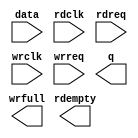
// megafunction wizard: %FIFO%VBB%
// GENERATION: STANDARD
// VERSION: WM1.0
// MODULE: dcfifo 

// ============================================================
// Megafunction Name(s):
// 			dcfifo
//
// Simulation Library Files(s):
// 			altera_mf
// ============================================================
// ************************************************************
// THIS IS A WIZARD-GENERATED FILE. DO NOT EDIT THIS FILE!
//
// 13.0.0 Build 156 04/24/2013 SJ Web Edition
// ************************************************************

//Copyright (C) 1991-2013 Altera Corporation
//Your use of Altera Corporation's design tools, logic functions 
//and other software and tools, and its AMPP partner logic 
//functions, and any output files from any of the foregoing 
//(including device programming or simulation files), and any 
//associated documentation or information are expressly subject 
//to the terms and conditions of the Altera Program License 
//Subscription Agreement, Altera MegaCore Function License 
//Agreement, or other applicable license agreement, including, 
//without limitation, that your use is for the sole purpose of 
//programming logic devices manufactured by Altera and sold by 
//Altera or its authorized distributors.  Please refer to the 
//applicable agreement for further details.

module ramff (
	data,
	rdclk,
	rdreq,
	wrclk,
	wrreq,
	q,
	rdempty,
	wrfull);

	input	[15:0]  data;
	input	  rdclk;
	input	  rdreq;
	input	  wrclk;
	input	  wrreq;
	output	[15:0]  q;
	output	  rdempty;
	output	  wrfull;

endmodule

// ============================================================
// CNX file retrieval info
// ============================================================
// Retrieval info: PRIVATE: AlmostEmpty NUMERIC "0"
// Retrieval info: PRIVATE: AlmostEmptyThr NUMERIC "-1"
// Retrieval info: PRIVATE: AlmostFull NUMERIC "0"
// Retrieval info: PRIVATE: AlmostFullThr NUMERIC "-1"
// Retrieval info: PRIVATE: CLOCKS_ARE_SYNCHRONIZED NUMERIC "0"
// Retrieval info: PRIVATE: Clock NUMERIC "4"
// Retrieval info: PRIVATE: Depth NUMERIC "8192"
// Retrieval info: PRIVATE: Empty NUMERIC "1"
// Retrieval info: PRIVATE: Full NUMERIC "1"
// Retrieval info: PRIVATE: INTENDED_DEVICE_FAMILY STRING "Cyclone II"
// Retrieval info: PRIVATE: LE_BasedFIFO NUMERIC "0"
// Retrieval info: PRIVATE: LegacyRREQ NUMERIC "1"
// Retrieval info: PRIVATE: MAX_DEPTH_BY_9 NUMERIC "0"
// Retrieval info: PRIVATE: OVERFLOW_CHECKING NUMERIC "1"
// Retrieval info: PRIVATE: Optimize NUMERIC "2"
// Retrieval info: PRIVATE: RAM_BLOCK_TYPE NUMERIC "0"
// Retrieval info: PRIVATE: SYNTH_WRAPPER_GEN_POSTFIX STRING "0"
// Retrieval info: PRIVATE: UNDERFLOW_CHECKING NUMERIC "1"
// Retrieval info: PRIVATE: UsedW NUMERIC "1"
// Retrieval info: PRIVATE: Width NUMERIC "16"
// Retrieval info: PRIVATE: dc_aclr NUMERIC "0"
// Retrieval info: PRIVATE: diff_widths NUMERIC "0"
// Retrieval info: PRIVATE: msb_usedw NUMERIC "0"
// Retrieval info: PRIVATE: output_width NUMERIC "16"
// Retrieval info: PRIVATE: rsEmpty NUMERIC "1"
// Retrieval info: PRIVATE: rsFull NUMERIC "0"
// Retrieval info: PRIVATE: rsUsedW NUMERIC "0"
// Retrieval info: PRIVATE: sc_aclr NUMERIC "0"
// Retrieval info: PRIVATE: sc_sclr NUMERIC "0"
// Retrieval info: PRIVATE: wsEmpty NUMERIC "0"
// Retrieval info: PRIVATE: wsFull NUMERIC "1"
// Retrieval info: PRIVATE: wsUsedW NUMERIC "0"
// Retrieval info: LIBRARY: altera_mf altera_mf.altera_mf_components.all
// Retrieval info: CONSTANT: INTENDED_DEVICE_FAMILY STRING "Cyclone II"
// Retrieval info: CONSTANT: LPM_HINT STRING "MAXIMIZE_SPEED=5,"
// Retrieval info: CONSTANT: LPM_NUMWORDS NUMERIC "8192"
// Retrieval info: CONSTANT: LPM_SHOWAHEAD STRING "OFF"
// Retrieval info: CONSTANT: LPM_TYPE STRING "dcfifo"
// Retrieval info: CONSTANT: LPM_WIDTH NUMERIC "16"
// Retrieval info: CONSTANT: LPM_WIDTHU NUMERIC "13"
// Retrieval info: CONSTANT: OVERFLOW_CHECKING STRING "OFF"
// Retrieval info: CONSTANT: RDSYNC_DELAYPIPE NUMERIC "11"
// Retrieval info: CONSTANT: UNDERFLOW_CHECKING STRING "OFF"
// Retrieval info: CONSTANT: USE_EAB STRING "ON"
// Retrieval info: CONSTANT: WRSYNC_DELAYPIPE NUMERIC "11"
// Retrieval info: USED_PORT: data 0 0 16 0 INPUT NODEFVAL "data[15..0]"
// Retrieval info: USED_PORT: q 0 0 16 0 OUTPUT NODEFVAL "q[15..0]"
// Retrieval info: USED_PORT: rdclk 0 0 0 0 INPUT NODEFVAL "rdclk"
// Retrieval info: USED_PORT: rdempty 0 0 0 0 OUTPUT NODEFVAL "rdempty"
// Retrieval info: USED_PORT: rdreq 0 0 0 0 INPUT NODEFVAL "rdreq"
// Retrieval info: USED_PORT: wrclk 0 0 0 0 INPUT NODEFVAL "wrclk"
// Retrieval info: USED_PORT: wrfull 0 0 0 0 OUTPUT NODEFVAL "wrfull"
// Retrieval info: USED_PORT: wrreq 0 0 0 0 INPUT NODEFVAL "wrreq"
// Retrieval info: CONNECT: @data 0 0 16 0 data 0 0 16 0
// Retrieval info: CONNECT: @rdclk 0 0 0 0 rdclk 0 0 0 0
// Retrieval info: CONNECT: @rdreq 0 0 0 0 rdreq 0 0 0 0
// Retrieval info: CONNECT: @wrclk 0 0 0 0 wrclk 0 0 0 0
// Retrieval info: CONNECT: @wrreq 0 0 0 0 wrreq 0 0 0 0
// Retrieval info: CONNECT: q 0 0 16 0 @q 0 0 16 0
// Retrieval info: CONNECT: rdempty 0 0 0 0 @rdempty 0 0 0 0
// Retrieval info: CONNECT: wrfull 0 0 0 0 @wrfull 0 0 0 0
// Retrieval info: GEN_FILE: TYPE_NORMAL ramff.v TRUE
// Retrieval info: GEN_FILE: TYPE_NORMAL ramff.inc FALSE
// Retrieval info: GEN_FILE: TYPE_NORMAL ramff.cmp FALSE
// Retrieval info: GEN_FILE: TYPE_NORMAL ramff.bsf FALSE
// Retrieval info: GEN_FILE: TYPE_NORMAL ramff_inst.v FALSE
// Retrieval info: GEN_FILE: TYPE_NORMAL ramff_bb.v TRUE
// Retrieval info: LIB_FILE: altera_mf